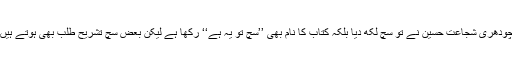
چودھری شجاعت حسین نے تو سچ لکھ دیا بلکہ کتاب کا نام بھی ’’سچ تو یہ ہے‘‘ رکھا ہے لیکن بعض سچ تشریح طلب بھی ہوتے ہیں۔